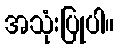
အသုံးပြုပါ။